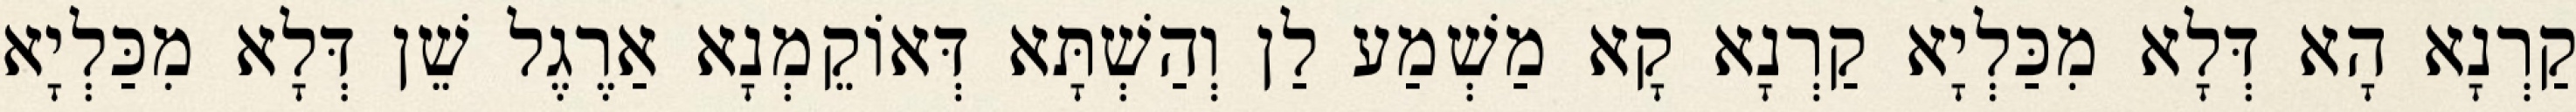
קַרְנָא הָא דְּלָא מִכַּלְיָא קַרְנָא קָא מַשְׁמַע לַן וְהַשְׁתָּא דְּאוֹקֵמְנָא אַרֶגֶל שֵׁן דְּלָא מִכַּלְיָא